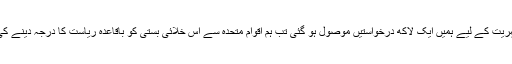
جب اس ریاست کی شہریت کے لیے ہمیں ایک لاکھ درخواستیں موصول ہو گئی تب ہم اقوام متحدہ سے اس خلائی بستی کو باقاعدہ ریاست کا درجہ دینے کی درخواست کریں گے۔